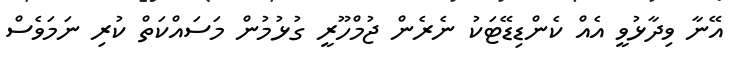
އޭނާ ވިދާޅުވީ އެއް ކެންޑިޑޭޓަކު ނެރެން ޖުމްހޫރީ ގުޅުމުން މަސައްކަތް ކުރި ނަމަވެސް